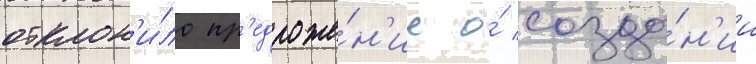
отклон'и́ло пр'едложе́н'ие о́ созда́н'ии